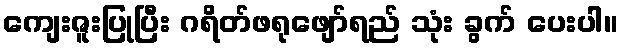
ကျေးဇူးပြုပြီး ဂရိတ်ဖရုဖျော်ရည် သုံး ခွက် ပေးပါ။